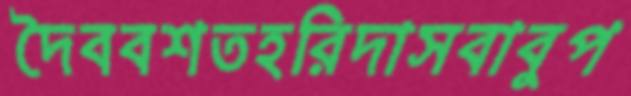
দৈববশতহরিদাসবাবুপ